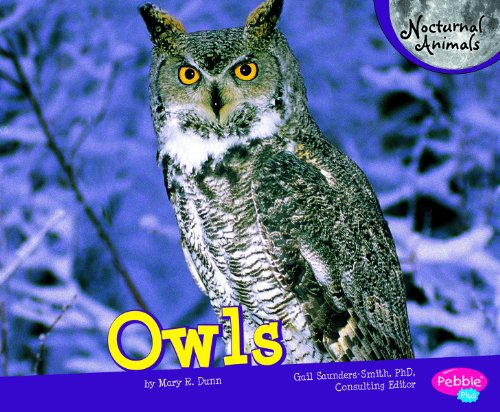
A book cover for Owls (Nocturnal Animals); Mary R. Dunn; Children's Books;